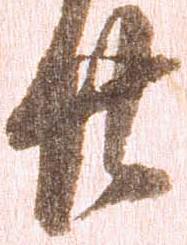
廿